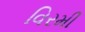
વિરમી